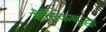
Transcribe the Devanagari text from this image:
सैनिकसुद्धा